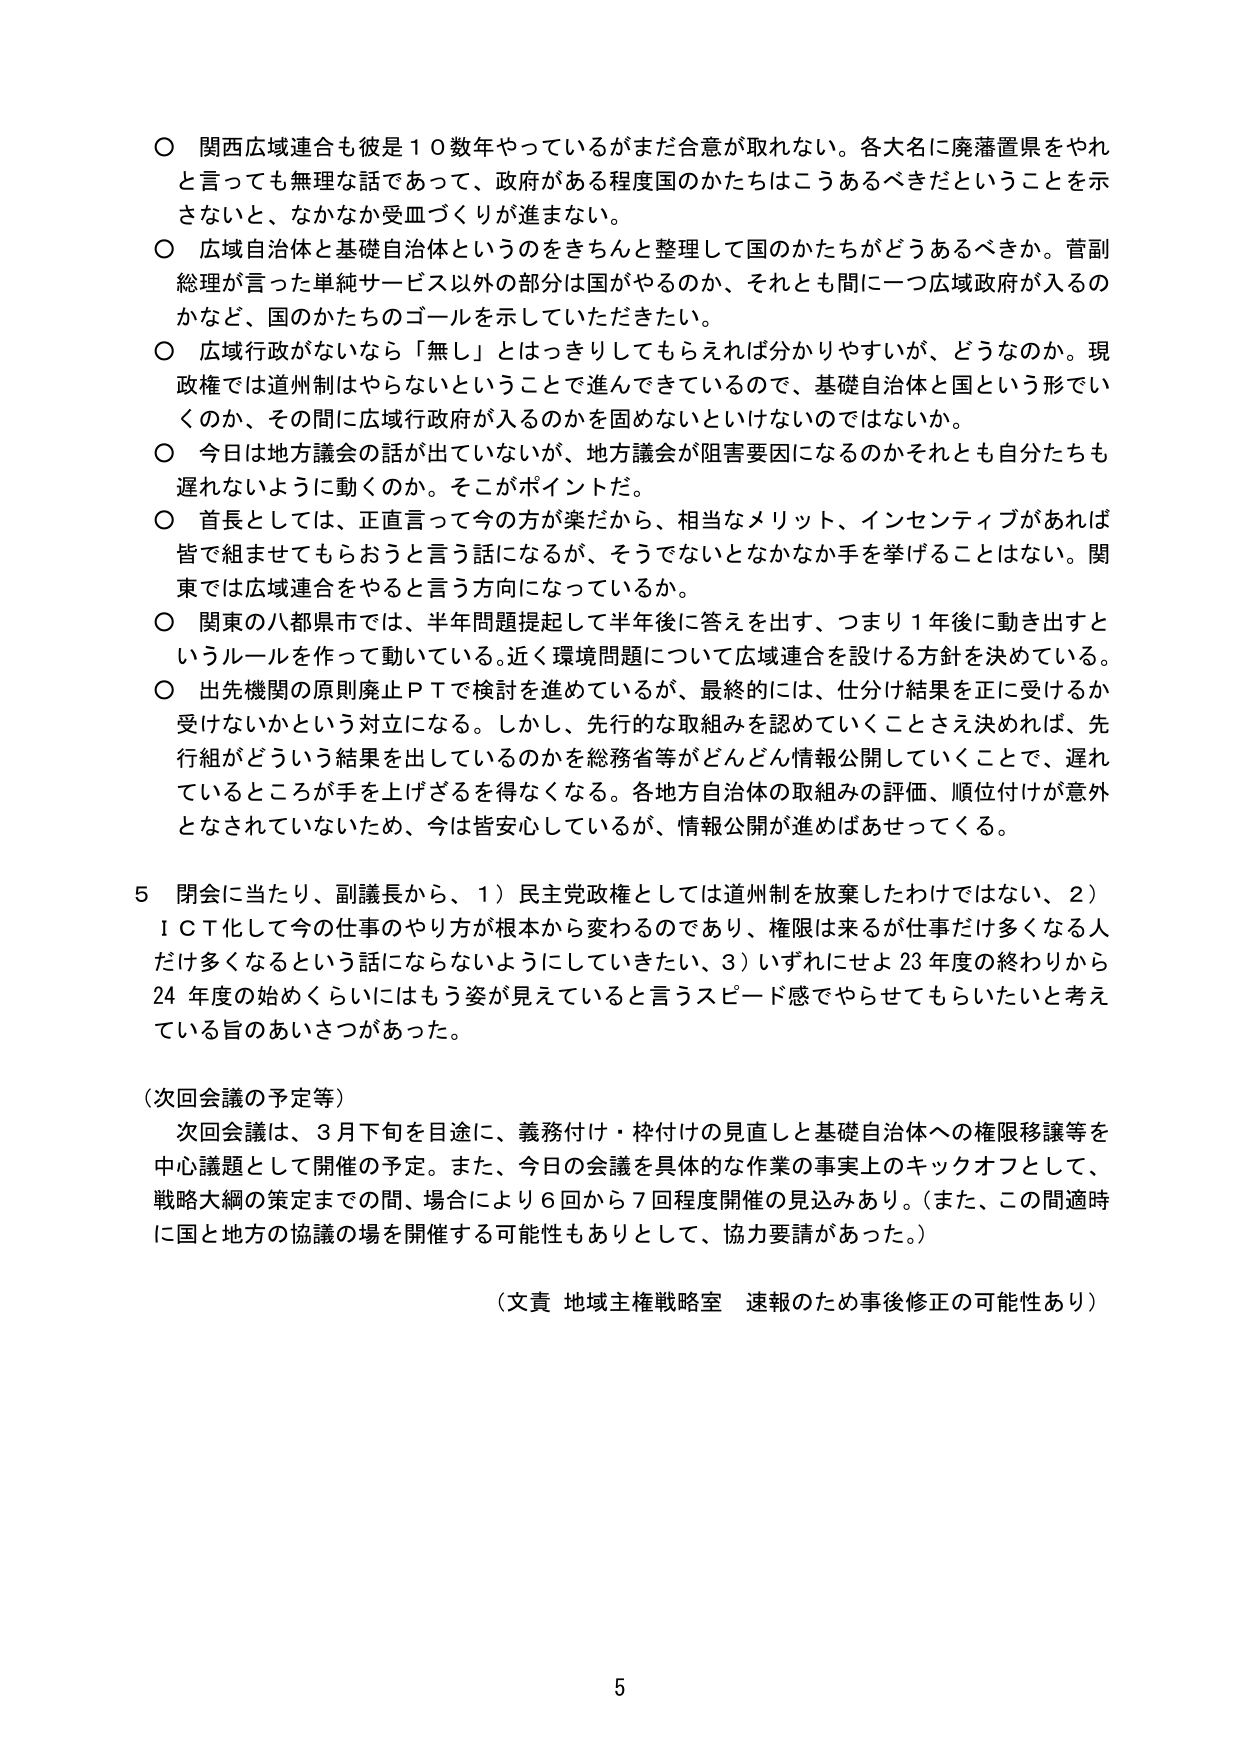
○ 関西広域連合も彼是１０数年やっているがまだ合意が取れない。各大名に廃藩置県をやれと言っても無理な話であって、政府がある程度国のかたちはこうあるべきだということを示さないと、なかなか受皿づくりが進まない。

○ 広域自治体と基礎自治体というのをきちんと整理して国のかたちがどうあるべきか。菅副総理が言った単純サービス以外の部分は国がやるのか、それとも間に一広域政府が入るのかなど、国のかたちのゴールを示していただきたい。

○ 広域行政がないなら「無し」とはっきりしてもらえれば分かりやすいが、どうなのか。現政権では道州制はやらないということで進んできているので、基礎自治体と国という形でいくのか、その間に広域行政が入るのかを固めないといけないのではないか。

○ 今日は地方議会の話が出ていないが、地方議会が阻害要因になるのかそれとも自分たちも遅れないように動くのか。そこがポイントだ。

○ 首長としては、正直言って今の方が楽だから、相当なメリット、インセンティブがあれば皆で組ませてもらおうと言う話になるが、そうでないとなかなか手を挙げることはない。関東では広域連合をやると言う方向になっているか。

○ 関東の八都県市では、半年問題提起して半年後に答えを出す、つまり１年後に動き出すというルールを作って動いている。近く環境問題について広域連合を設ける方針を決めている。

○ 出先機関の原則廃止ＰＴで検討を進めているが、最終的には、仕分け結果を正に受けるか受けないかという対立になる。しかし、先行的な取組みを認めていくことさえ決めれば、先行組がどういう結果を出しているのかを総務省等がどんどん情報公開していくことで、遅れているところが手を上げざるを得なくなる。各地方自治体の取組みの評価、順位付けが意外となされていないため、今は皆安心しているが、情報公開が進めばあせってくる。

５ 閉会に当たり、副議長から、１）民主党政権としては道州制を放棄したわけではない、２）ＩＣＴ化して今の仕事のやり方が根本から変わるのであり、権限は来るが仕事だけ多くなる人だけ多くなるという話にならないようにしていきたい、３）いずれにせよ23年度の終わりから24年度の始めくらいにはもう姿が見えてくると言うスピード感でやらせてもらいたいと考えている旨のあいさつがあった。

（次回会議の予定等）
次回会議は、３月下旬を目途に、義務付け・枠付けの見直しと基礎自治体への権限移譲等を中心議題として開催の予定。また、今日の会議を具体的な作業の事実上のキックオフとして、戦略大綱の策定までの間、場合により６回から７回程度開催の見込みあり。（また、この間適時に国と地方の協議の場を開催する可能性もありとして、協力要請があった。）

（文責 地域主権戦略室 速報のため事後修正の可能性あり）

5